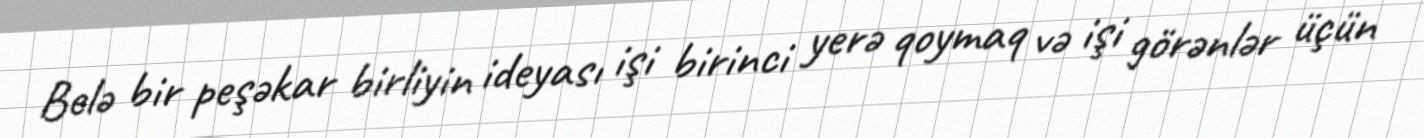
Belə bir peşəkar birliyin ideyası işi birinci yerə qoymaq və işi görənlər üçün